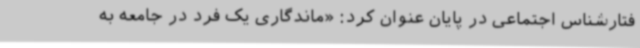
فتارشناس اجتماعی در پایان عنوان کرد: «ماندگاری یک فرد در جامعه به